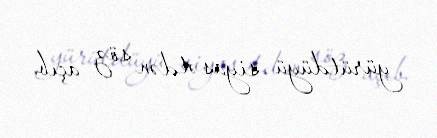
yürütdüyü siyasətdən söz açıb.